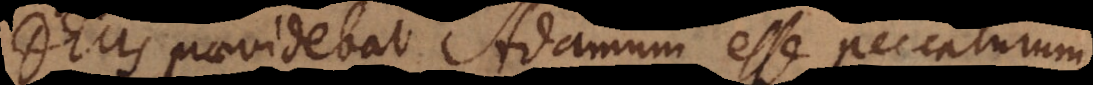
Deus praevidebat Adamum esse peccaturum